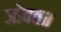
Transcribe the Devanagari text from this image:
जोवत॥